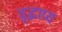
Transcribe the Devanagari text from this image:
वृद्धाप्य